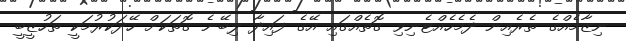
ނިޒާމެއްގެ ތެރެއިން ދެމެހެއްޓެނިވި ގޮތެއްގައި އޭގެ ފައިދާ ލިބޭނެ ގޮތަކަށް ހޭދަކުރުމަކީ ތަހުޒީބީ